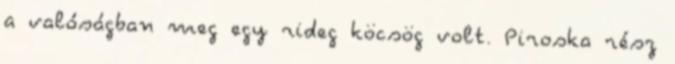
a valóságban meg egy rideg köcsög volt. Piroska rész